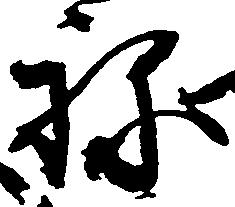
ね